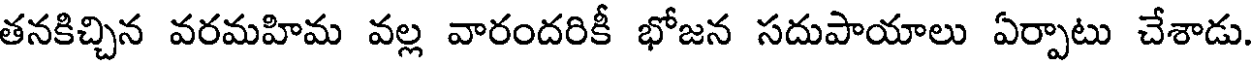
తనకిచ్చిన వరమహిమ వల్ల వారందరికీ భోజన సదుపాయాలు ఏర్పాటు చేశాడు